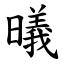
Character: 㬢